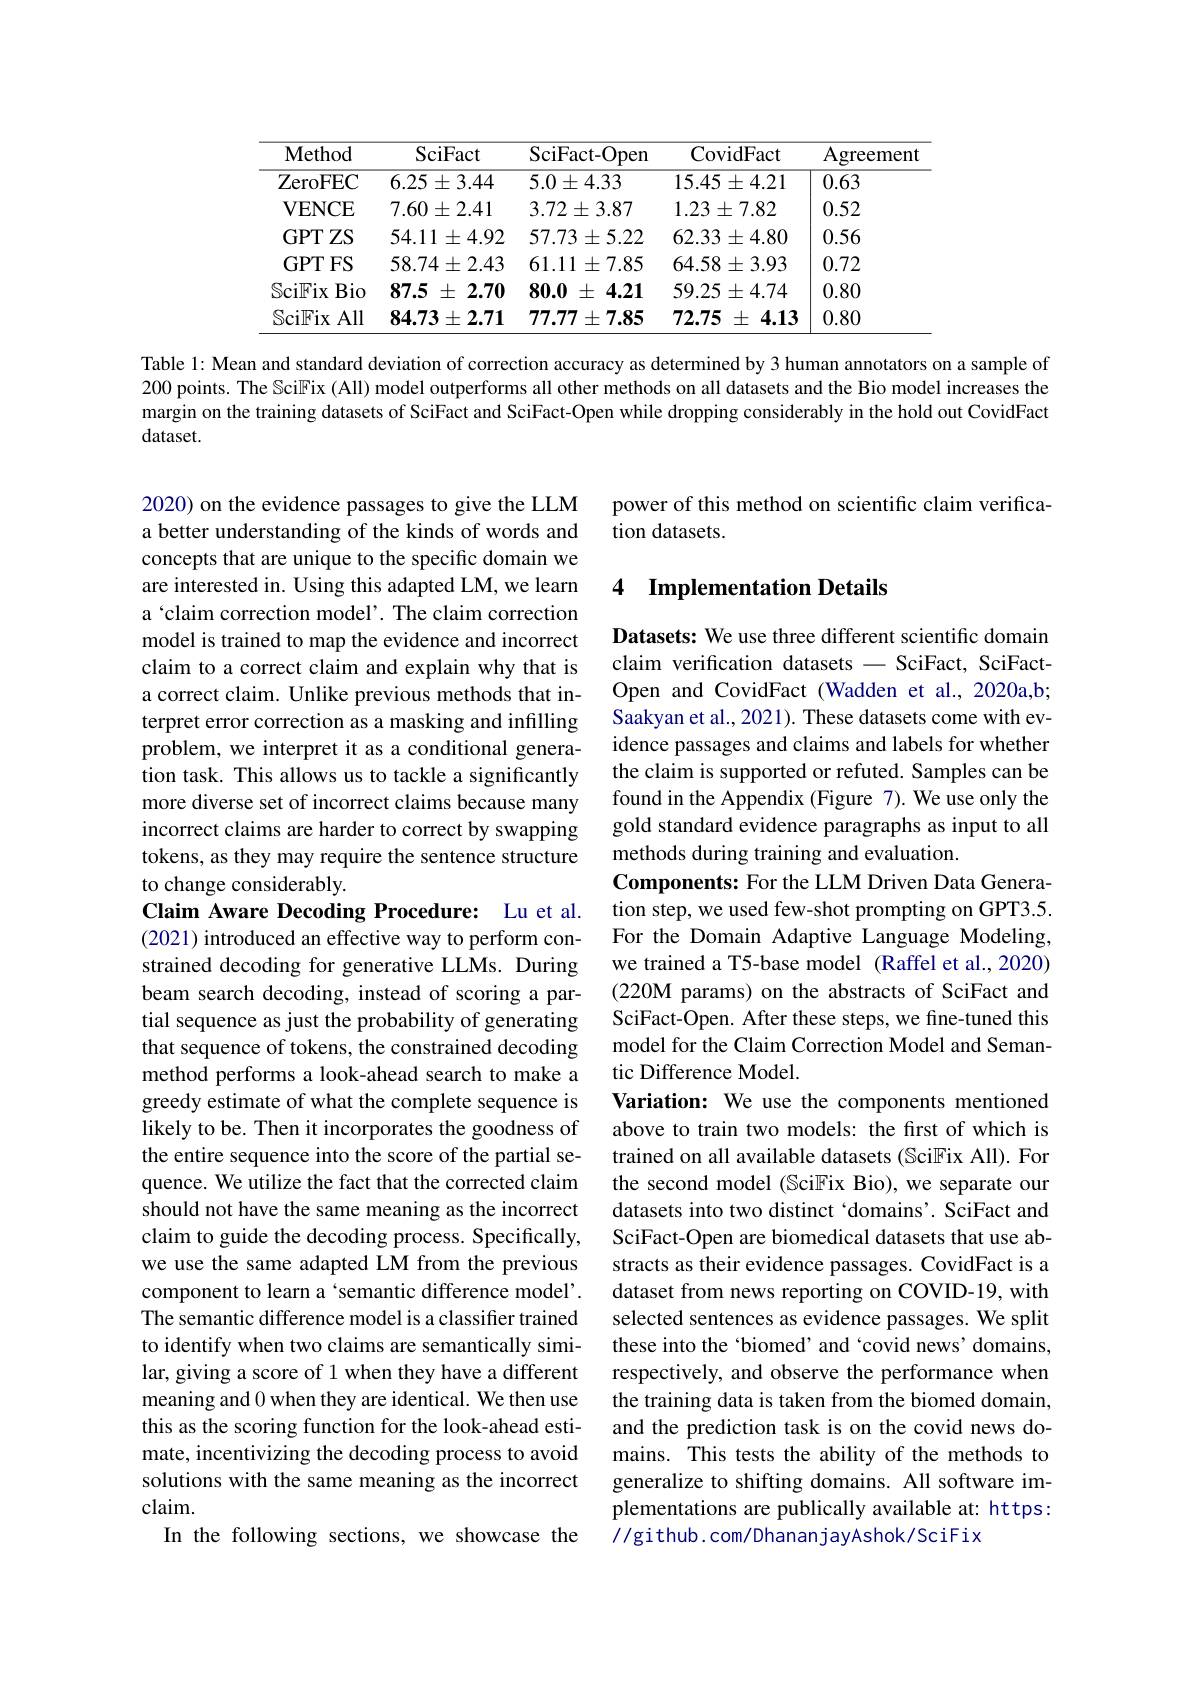
<table>
	<tbody>
		<tr>
			<th>Method</th>
			<th>$\operatorname{SciFact}$</th>
			<th>SciFact- Open</th>
			<th>CovidFact</th>
			<th>Agreement</th>
		</tr>
		<tr>
			<td>ZeroFEC</td>
			<td>$6.25\pm3.44$</td>
			<td>$5.0\pm4.33$</td>
			<td>$15.45\pm4.21$</td>
			<td>0.63</td>
		</tr>
		<tr>
			<td>$\mathbf{VENCE}$</td>
			<td>$7.60\pm2.41$</td>
			<td>$3.72\pm3.87$</td>
			<td>$1.23\pm7.82$</td>
			<td>0.52</td>
		</tr>
		<tr>
			<td>GPTZS</td>
			<td>$54.11\pm4.92$</td>
			<td>$57.73\pm5.22$</td>
			<td>$62.33\pm4.80$</td>
			<td>0.56</td>
		</tr>
		<tr>
			<td>GPT FS</td>
			<td>$58.74\pm2.43$</td>
			<td>$61.11\pm7.85$</td>
			<td>$64.58\pm3.93$</td>
			<td>0.72</td>
		</tr>
		<tr>
			<td>SciFix Bio</td>
			<td>87.5 2.70 土</td>
			<td>80.0 4.21 土</td>
			<td>$59.25\pm4.74$</td>
			<td>0.80</td>
		</tr>
		<tr>
			<td>$\operatorname{SciFix}$ All</td>
			<td>$84.73\pm2.71$</td>
			<td>77.77 $\pm7.85$</td>
			<td>72.75 4.13 土</td>
			<td>0.80</td>
		</tr>
	</tbody>
</table>

Table l: Mean and standard deviation of correction accuracy as determined by 3 human annotators on a sample of 200 points. The Sci$\mathbb{F}$ix (All) model outperforms all other methods on all datasets and the Bio model increases the margin on the training datasets of SciFact and SciFact-Open while dropping considerably in the hold out CovidFact dataset.

2020) on the evidence passages to give the LLM a better understanding of the kinds of words and concepts that are unique to the specific domain we are interested in. Using this adapted LM, we learn a ‘claim correction model’. The claim correction model is trained to map the evidence and incorrect claim to a correct claim and explain why that is a correct claim. Unlike previous methods that interpret error correction as a masking and infilling problem, we interpret it as a conditional generation task. This allows us to tackle a significantly more diverse set of incorrect claims because many incorrect claims are harder to correct by swapping tokens, as they may require the sentence structure to change considerably.

Claim Aware Decoding Procedure: Lu et al. (2021) introduced an effective way to perform constrained decoding for generative LLMs. During beam search decoding, instead of scoring a partial sequence as just the probability of generating that sequence of tokens, the constrained decoding method performs a look-ahead search to make a greedy estimate of what the complete sequence is likely to be. Then it incorporates the goodness of the entire sequence into the score of the partial sequence. We utilize the fact that the corrected claim should not have the same meaning as the incorrect claim to guide the decoding process. Specifically, we use the same adapted LM from the previous component to learn a 'semantic difference model'. The semantic difference model is a classifier trained to identify when two claims are semantically similar, giving a score of 1 when they have a different meaning and 0 when they are identical. We then use this as the scoring function for the look-ahead estimate, incentivizing the decoding process to avoid solutions with the same meaning as the incorrect claim.
In the following sections, we showcase the

power of this method on scientific claim verifica-
tion datasets.

### 4 Implementation Details

Datasets: We use three different scientific domain claim verification datasets - SciFact, SciFactOpen and CovidFact (Wadden et al.,2020a,b; Saakyan et al., 2021). These datasets come with evidence passages and claims and labels for whether the claim is supported or refuted. Samples can be found in the Appendix (Figure 7). We use only the gold standard evidence paragraphs as input to all methods during training and evaluation.
Components: For the LLM Driven Data Generation step, we used few-shot prompting on GPT3.5. For the Domain Adaptive Language Modeling, we trained a T5-base model (Raffel et al., 2020) (220M params) on the abstracts of SciFact and SciFact-Open. After these steps, we fine-tuned this model for the Claim Correction Model and Semantic Difference Model.
Variation: We use the components mentioned above to train two models: the first of which is trained on all available datasets (Sci$\mathbb{F}$ix All). For the second model (Sci$\mathbb{F}$ix Bio), we separate our datasets into two distinct 'domains'. SciFact and SciFact-Open are biomedical datasets that use abstracts as their evidence passages. CovidFact is a dataset from news reporting on COVID-19, with selected sentences as evidence passages. We split these into the ‘biomed’and‘covid news’ domains, respectively, and observe the performance when the training data is taken from the biomed domain, and the prediction task is on the covid news domains. This tests the ability of the methods to generalize to shifting domains. All software implementations are publically available at: https: //github. com/DhananjayAshok/SciFix